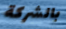
بالشركة